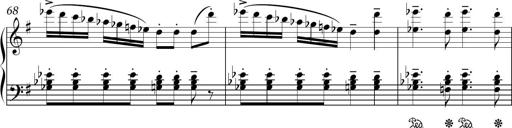
Title: Sonatina in E minor
Composer: Shuwen Zhang
Key: E minor